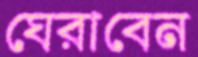
ঘেরাবেন